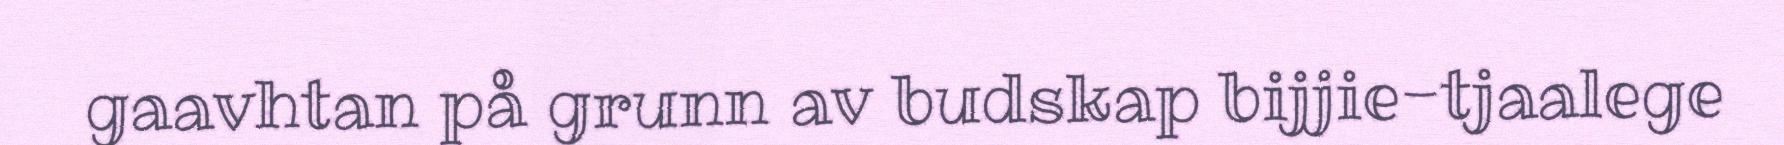
gaavhtan på grunn av budskap bijjie-tjaalege